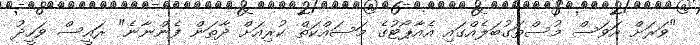
"ވަރަށް އަވަސް މުސްތަގުބަލެއްގައި އެއާޕޯޓުގެ މަސައްކަތް ކުރިއަށް ދާތަން ފެންނާނެ" ރައީސް ވަހީދު